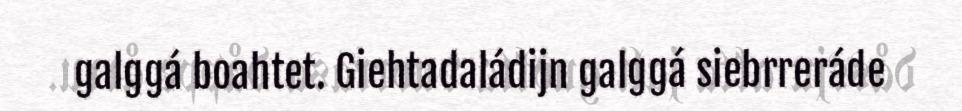
galggá boahtet. Giehtadaládijn galggá siebrreráde